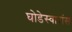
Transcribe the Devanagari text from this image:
घोडेस्वारांस